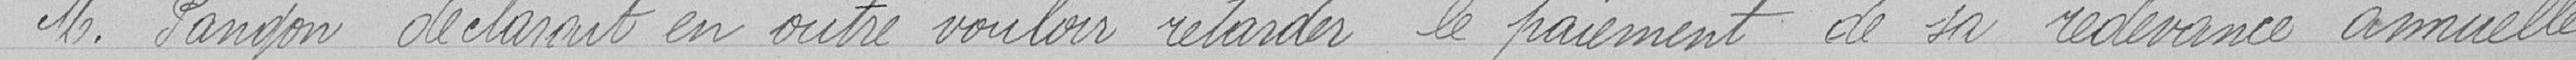
M. Pangon déclarait en outre vouloir retarder le paiement de sa redevance annuelle